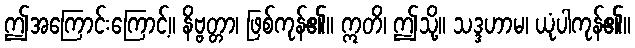
ဤအကြောင်းကြောင့်။ နိဗ္ဗတ္တာ၊ ဖြစ်ကုန်၏။ ဣတိ၊ ဤသို့။ သဒ္ဒဟာမ၊ ယုံပါကုန်၏။